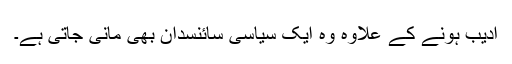
ادیب ہونے کے علاوہ وہ ایک سیاسی سائنسدان بھی مانی جاتی ہے۔